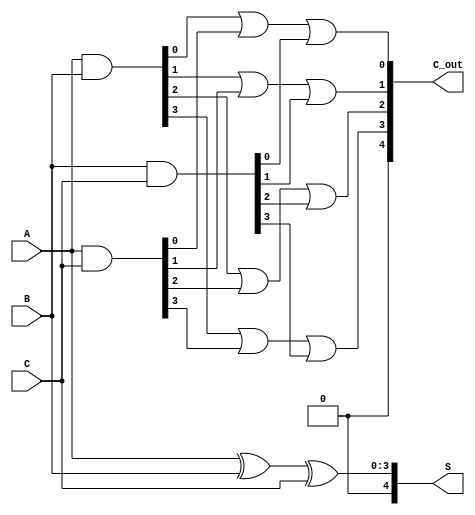
module DynamicCarrySaveAdder (
    input wire [3:0] A,  // 4-bit input A
    input wire [3:0] B,  // 4-bit input B
    input wire [3:0] C,  // 4-bit input C
    output wire [4:0] S, // 5-bit Sum output
    output wire [4:0] C_out // 5-bit Carry output
);

// Intermediate signals for carry generation
wire [4:0] carry_AB; // Carry bits from A and B
wire [4:0] carry_AC; // Carry bits from A and C
wire [4:0] carry_BC; // Carry bits from B and C

// Generate carry bits using AND gates
assign carry_AB = A & B; // Carry bits from A and B
assign carry_AC = A & C; // Carry bits from A and C
assign carry_BC = B & C; // Carry bits from B and C

// Calculate the Sum using XOR gates
assign S = A ^ B ^ C; // Sum bits from A, B, and C

// Calculate the Carry output
assign C_out[0] = carry_AB[0] | carry_AC[0] | carry_BC[0];
assign C_out[1] = carry_AB[1] | carry_AC[1] | carry_BC[1];
assign C_out[2] = carry_AB[2] | carry_AC[2] | carry_BC[2];
assign C_out[3] = carry_AB[3] | carry_AC[3] | carry_BC[3];
assign C_out[4] = carry_AB[4] | carry_AC[4] | carry_BC[4];

endmodule